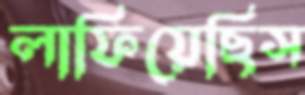
লাফিয়েছিস